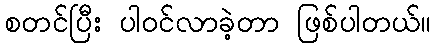
စတင်ပြီး ပါဝင်လာခဲ့တာ ဖြစ်ပါတယ်။